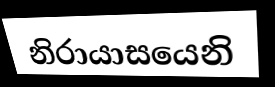
නිරායාසයෙනි